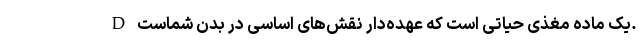
D یک ماده مغذی حیاتی است که عهده‌دار نقش‌های اساسی در بدن شماست.